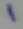
Text: 1